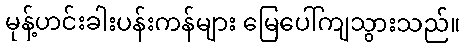
မုန့်ဟင်းခါးပန်းကန်များ မြေပေါ်ကျသွားသည်။